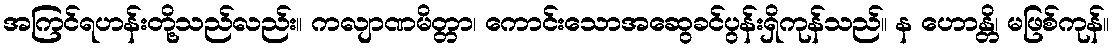
အကြင်ရဟန်းတို့သည်လည်း။ ကလျာဏမိတ္တာ၊ ကောင်းသောအဆွေခင်ပွန်းရှိကုန်သည်။ န ဟောန္တိ၊ မဖြစ်ကုန်။